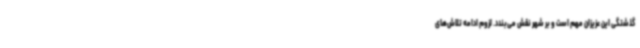
گذشتگی این عزیزان مهم است و بر شهر نقش می‌بندد. لزوم ادامه تلاش‌های